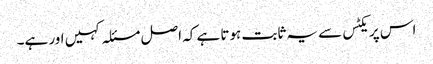
اس پریکٹس سے یہ ثابت ہوتا ہے کہ اصل مسئلہ کہیں اور ہے۔